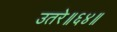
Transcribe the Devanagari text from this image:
उतरे॥६४॥